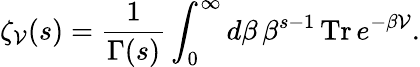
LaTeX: \zeta_{\cal V}(s)=\frac{1}{\Gamma(s)}\int_{0}^{\infty}d\beta\, \beta^{s-1}\, \mathrm{Tr}\, e^{-\beta{\cal V}}.